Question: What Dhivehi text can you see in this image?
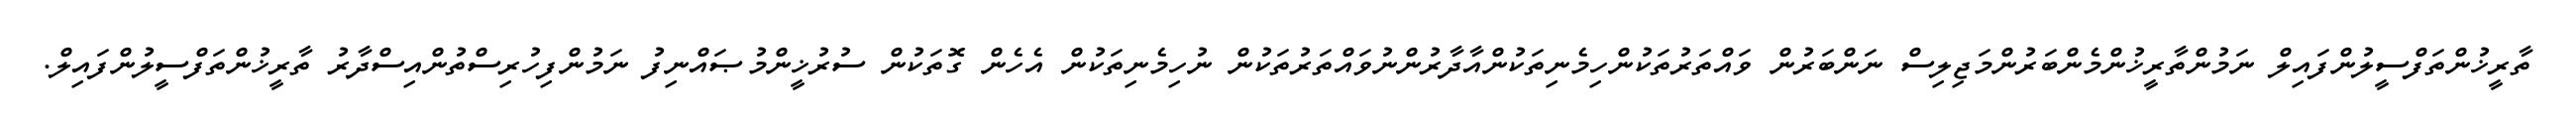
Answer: ތާރީޚުންތަފްސީލުންފައިލް ނަމުންތާރީޚުންމެންބަރުންމަޖިލިސް ނަންބަރުން ވައްތަރުތަކުންހިމެނިތަކުންއާދާރުންނުވައްތަރުތަކުން ނުހިމެނިތަކުން އެހެން ގޮތަކުން ސުރުޚީންމުޞައްނިފު ނަމުންފިހުރިސްތުންއިސްދާރު ތާރީޚުންތަފްސީލުންފައިލް.